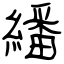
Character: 繙